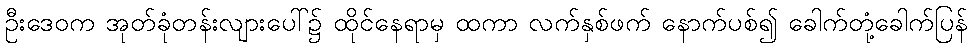
ဦးဒေဝက အုတ်ခုံတန်းလျားပေါ်၌ ထိုင်နေရာမှ ထကာ လက်နှစ်ဖက် နောက်ပစ်၍ ခေါက်တုံ့ခေါက်ပြန်